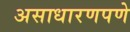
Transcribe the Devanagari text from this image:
असाधारणपणे